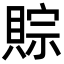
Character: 賩